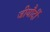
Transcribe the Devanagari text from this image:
जीयौर्दी